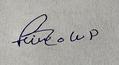
Signature authenticity: forged